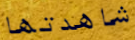
شاهدتها